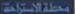
متحف-الاستشارة